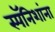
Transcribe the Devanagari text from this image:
स्पॅनिशांना